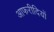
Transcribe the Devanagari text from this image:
आफरीदियों